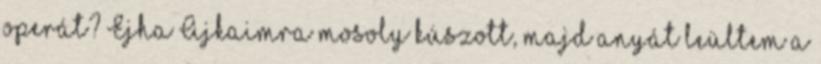
operát? Ejha Ajkaimra mosoly kúszott, majd anyát leültem a